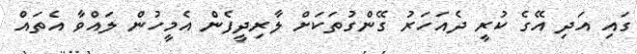
ގައި އަދި އޭގެ ކުރީ ދެއަހަރު ގޭންްގުތަކަށް ލާރިދީފެން އެމީހުން ލައްވާ އެތައް